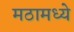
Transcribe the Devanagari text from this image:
मठामध्ये